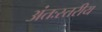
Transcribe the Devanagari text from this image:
अंतःस्तरीय